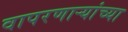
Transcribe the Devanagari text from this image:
वापरणाऱ्यांच्या